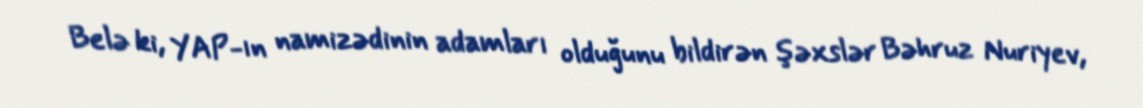
Belə ki, YAP-ın namizədinin adamları olduğunu bildirən şəxslər Bəhruz Nuriyev,